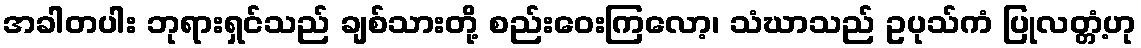
အခါတပါး ဘုရားရှင်သည် ချစ်သားတို့ စည်းဝေးကြလော့၊ သံဃာသည် ဥပုသ်ကံ ပြုလတ္တံ့ဟု